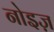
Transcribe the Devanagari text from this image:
नोइज़